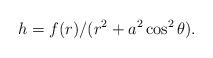
LaTeX: \begin{align*}h=f(r)/(r^2 +a^2\cos ^2 \theta).\end{align*}